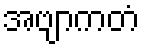
အဗျာကတံ